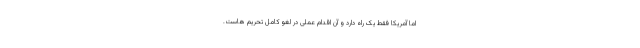
اما آمریکا فقط یک راه دارد و آن اقدام عملی در لغو کامل تحریم هاست.